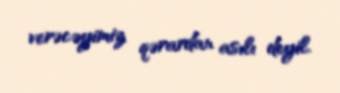
verəcəyimiz qərardan asılı deyil.